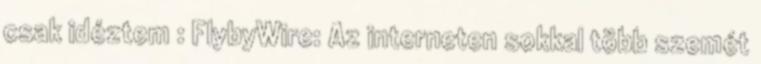
csak idéztem : FlybyWire: Az interneten sokkal több szemét